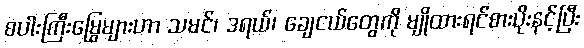
စပါးကြီးမြွေများဟာ သမင်၊ ဒရယ်၊ ချေငယ်တွေကို မျိုထားရင်စားပိုးနင့်ပြီး